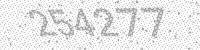
Solution: 254277